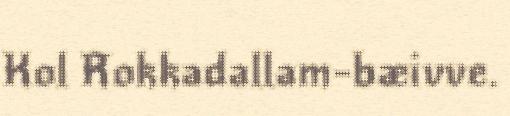
Kol Rokkadallam-bæivve.